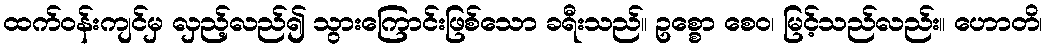
ထက်ဝန်းကျင်မှ လှည့်လည်၍ သွားကြောင်းဖြစ်သော ခရီးသည်။ ဥစ္စော စေဝ၊ မြင့်သည်လည်း။ ဟောတိ၊